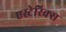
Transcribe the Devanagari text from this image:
एस्टेरिक्स